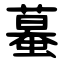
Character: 蟇